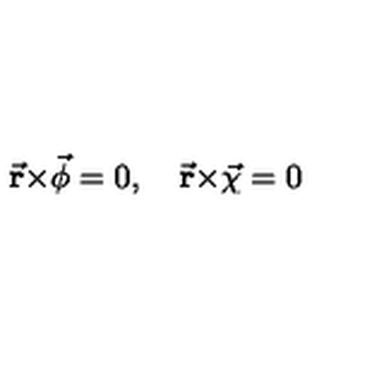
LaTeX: { \bf \vec { r } } { \bf \times } \vec { \bf \phi } = 0 , \quad { \bf \vec { r } } { \bf \times } \vec { \bf \chi } = 0